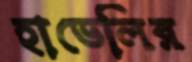
হাভেলির